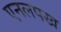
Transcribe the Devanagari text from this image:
एनलपख